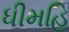
ધીમહિ